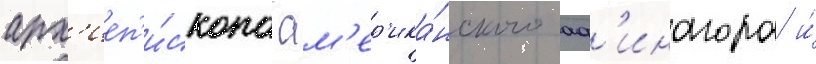
арх'иеп'и́скопа ам'ер'ика́нского аф'инагора и́